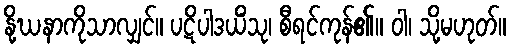
နို့ဃနာကိုသာလျှင်။ ပဋိပါဒယိံသု၊ စီရင်ကုန်၏။ ဝါ၊ သို့မဟုတ်။